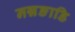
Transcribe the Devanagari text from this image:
नन्नङाडि